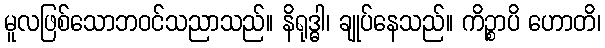
မူလဖြစ်သောဘဝင်သညာသည်။ နိရုဒ္ဓါ၊ ချုပ်နေသည်။ ကိဉ္စာပိ ဟောတိ၊